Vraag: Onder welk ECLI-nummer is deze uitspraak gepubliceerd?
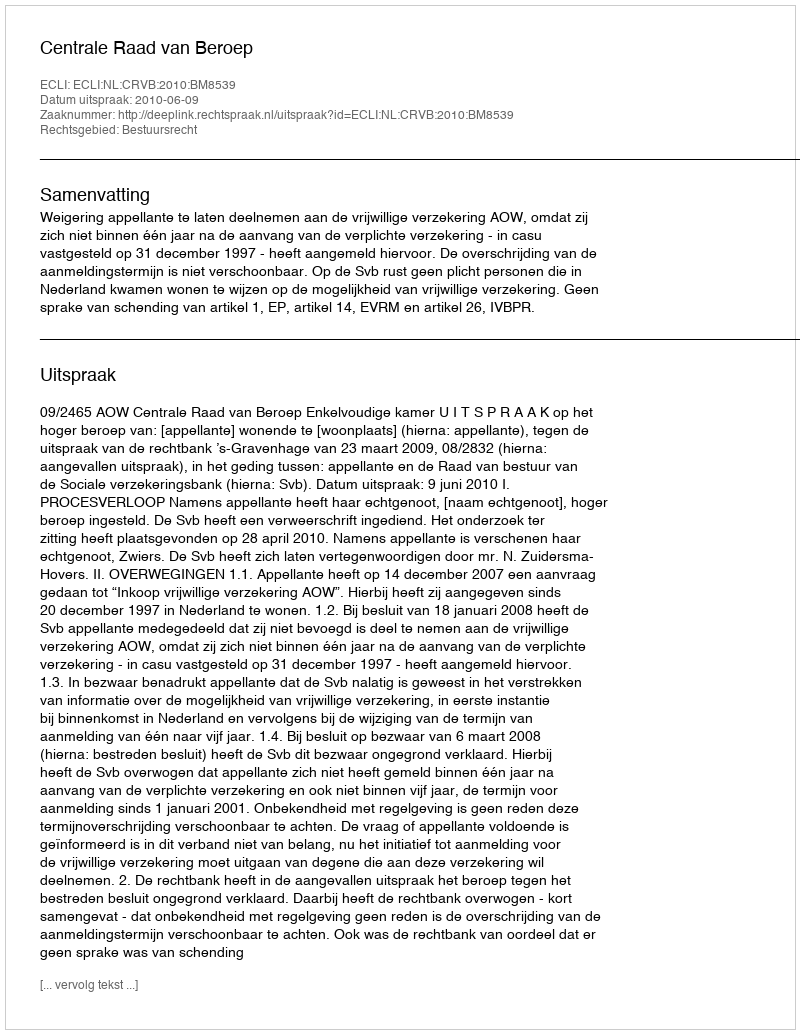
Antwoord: ECLI:NL:CRVB:2010:BM8539